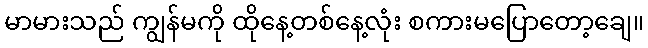
မာမားသည် ကျွန်မကို ထိုနေ့တစ်နေ့လုံး စကားမပြောတော့ချေ။